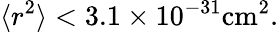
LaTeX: \langle r^{2}\rangle<3.1\times 10^{-31}\mathrm{cm^{2}}.